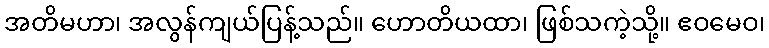
အတိမဟာ၊ အလွန်ကျယ်ပြန့်သည်။ ဟောတိယထာ၊ ဖြစ်သကဲ့သို့။ ဧဝမေဝ၊